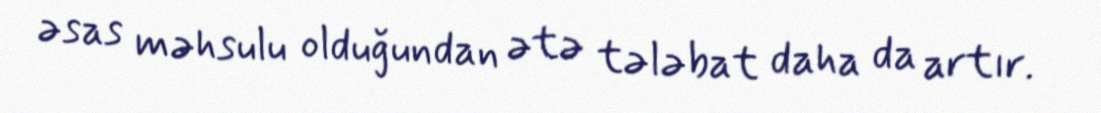
əsas məhsulu olduğundan ətə tələbat daha da artır.